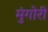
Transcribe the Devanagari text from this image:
मुंगोरीं